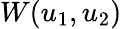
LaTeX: W(u_{1},u_{2})